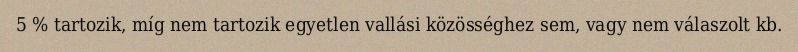
5 % tartozik, míg nem tartozik egyetlen vallási közösséghez sem, vagy nem válaszolt kb.